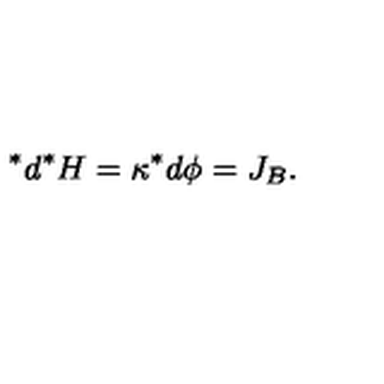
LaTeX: \, ^ { * } d ^ { * } H = \kappa ^ { * } d \phi = J _ { B } .